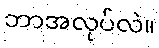
ဘာအလုပ်လဲ။